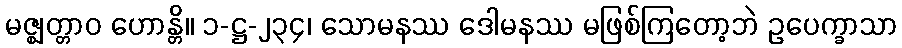
မဇ္ဈတ္တာဝ ဟောန္တိ။ ၁-ဋ္ဌ-၂၃၄၊ သောမနဿ ဒေါမနဿ မဖြစ်ကြတော့ဘဲ ဥပေက္ခာသာ